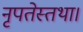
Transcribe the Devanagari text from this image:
नृपतेस्तथा।